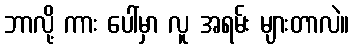
ဘာလို့ ကား ပေါ်မှာ လူ အရမ်း များတာလဲ။